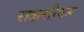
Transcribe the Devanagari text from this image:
राक्षसीपन